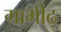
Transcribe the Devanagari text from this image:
ग्रामीढ़